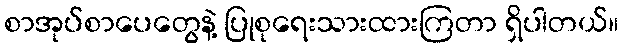
စာအုပ်စာပေတွေနဲ့ ပြုစုရေးသားထားကြတာ ရှိပါတယ်။